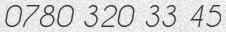
0780 320 33 45